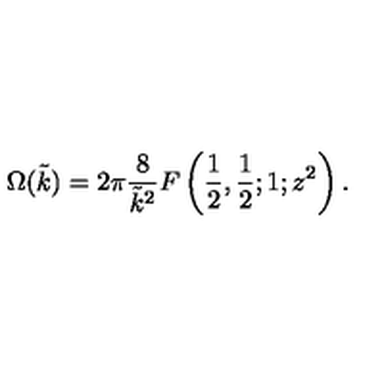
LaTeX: \Omega ( \tilde { k } ) = 2 \pi \frac { 8 } { \tilde { k } ^ { 2 } } F \left( \frac { 1 } { 2 } , \frac { 1 } { 2 } ; 1 ; z ^ { 2 } \right) .